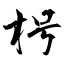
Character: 枵